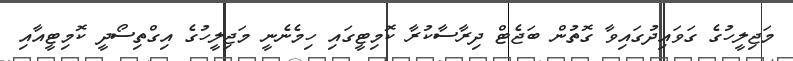
މަޖިލީހުގެ ގަވައިދުގައިވާ ގޮތުން ބަޖެޓް ދިރާސާކުރާ ކޮމިޓީގައި ހިމެނެނީ މަޖިލީހުގެ އިގްތިސޯދީ ކޮމިޓީއާއި